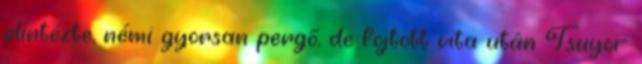
elintézte, némi gyorsan pergő, de fojtott vita után Tsuyoi-